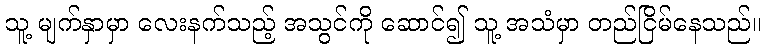
သူ့ မျက်နှာမှာ လေးနက်သည့် အသွင်ကို ဆောင်၍ သူ့ အသံမှာ တည်ငြိမ်နေသည်။